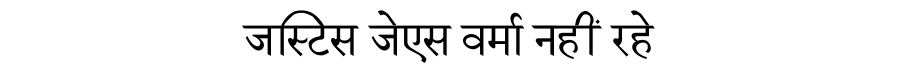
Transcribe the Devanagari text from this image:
जस्टिस जेएस वर्मा नहीं रहे